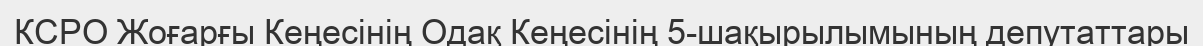
КСРО Жоғарғы Кеңесінің Одақ Кеңесінің 5-шақырылымының депутаттары